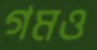
গমও